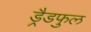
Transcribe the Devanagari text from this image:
ड्रैडफुल